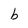
Character: b